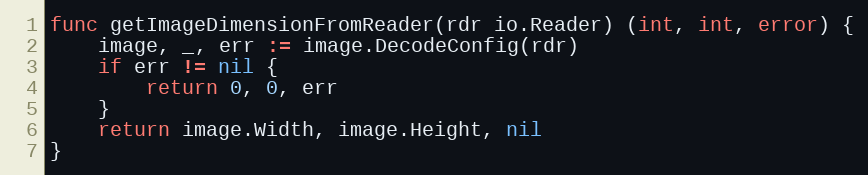
Language: Go
func getImageDimensionFromReader(rdr io.Reader) (int, int, error) {
	image, _, err := image.DecodeConfig(rdr)
	if err != nil {
		return 0, 0, err
	}
	return image.Width, image.Height, nil
}